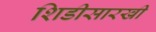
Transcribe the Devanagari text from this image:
शिडीसारखी